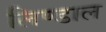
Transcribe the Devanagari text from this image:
लिण्डाल